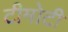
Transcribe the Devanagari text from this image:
टीमोटी